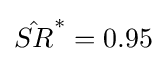
{\hat {SR}}^{*}=0.95